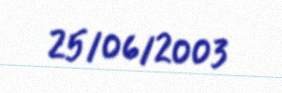
25/06/2003